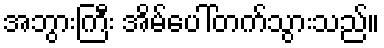
အဘွားကြီး အိမ်ပေါ်တက်သွားသည်။